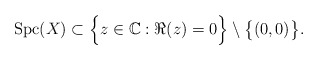
\begin{align*} \mbox{\rm Spc}(X)\subset\Big\{z\in\mathbb{C}:\Re(z)=0\Big\}\setminus\big\{(0,0)\big\}.\end{align*}